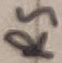
Text: RS